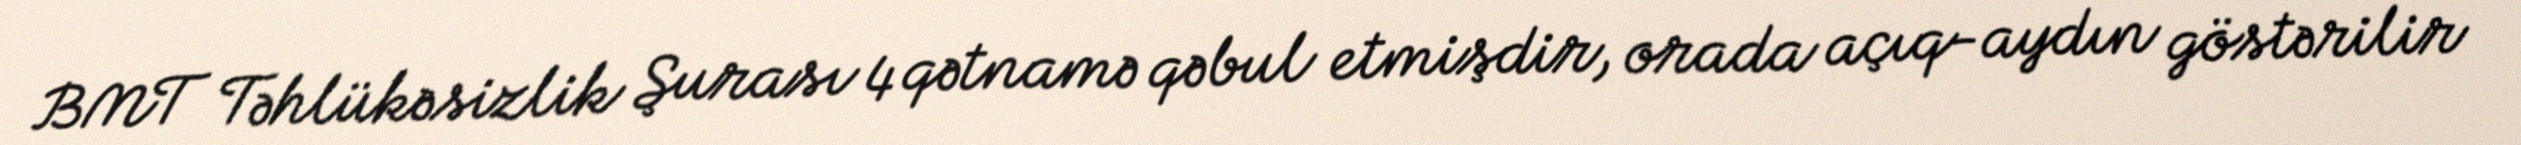
BMT Təhlükəsizlik Şurası 4 qətnamə qəbul etmişdir, orada açıq-aydın göstərilir